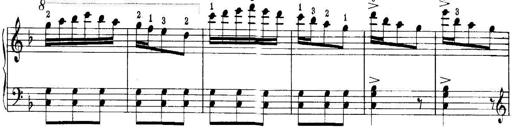
Title: Quatres sonatines
Composer: Tadeusz Joteyko